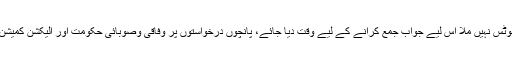
موقف اپنایا کہ عدالت کا نوٹس نہیں ملا اس لیے جواب جمع کرانے کے لیے وقت دیا جائے، پانچوں درخواستوں پر وفاقی وصوبائی حکومت اور الیکشن کمیشن نے بھی مہلت مانگ لی۔